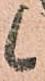
候